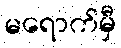
မရောက်မှီ